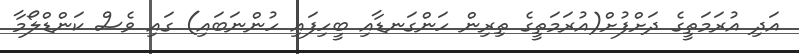
އަދި އުރަމަތީގެ ދަށްފުށް(އުރަމަތީގެ ތިރިން ހަންގަނޑާއި ބީހިފައި ހުންނަބައި) ގައި ވެސް ކަންޑްލޯމާ